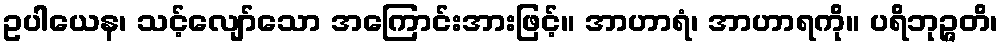
ဥပါယေန၊ သင့်လျော်သော အကြောင်းအားဖြင့်။ အာဟာရံ၊ အာဟာရကို။ ပရိဘုဉ္ဇတိ၊